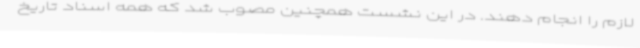
لازم را انجام دهند. در این نشست همچنین مصوب شد که همه اسناد تاریخ